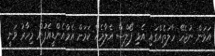
އަޅަން ނުޖެހޭ ހާލަތެއްގައި އެޅި ފޯލްސް އެލާމެއް ކަމަށް އެމްއެންޑީއެފުން މިހާރު ވަނީ